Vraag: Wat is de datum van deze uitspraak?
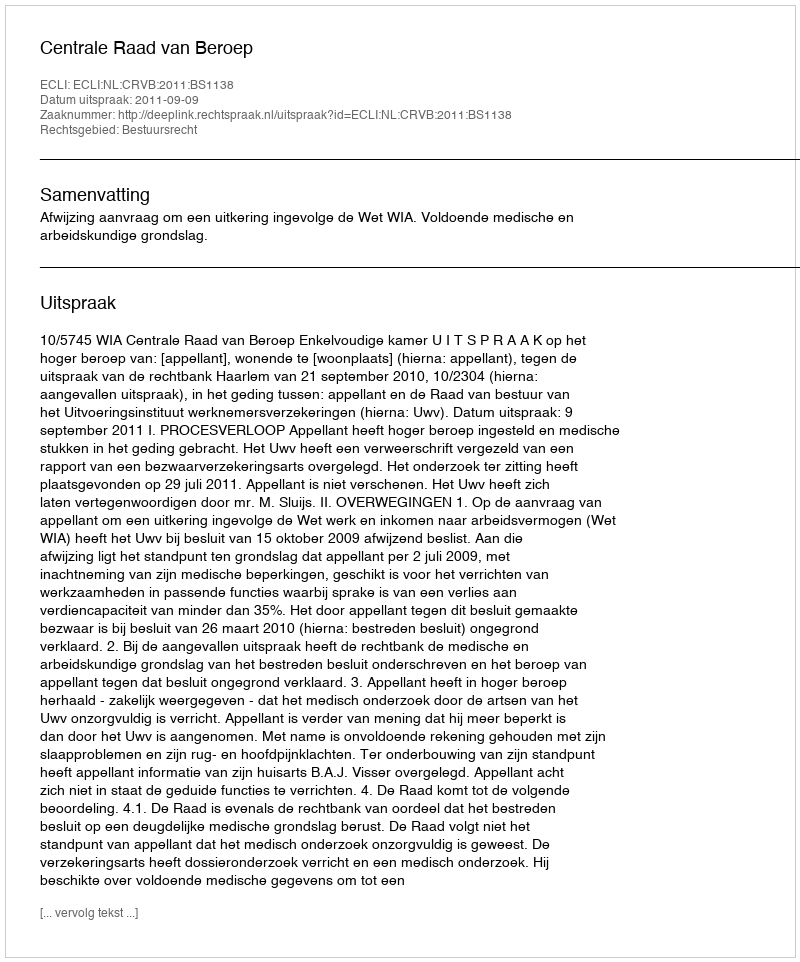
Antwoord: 2011-09-09